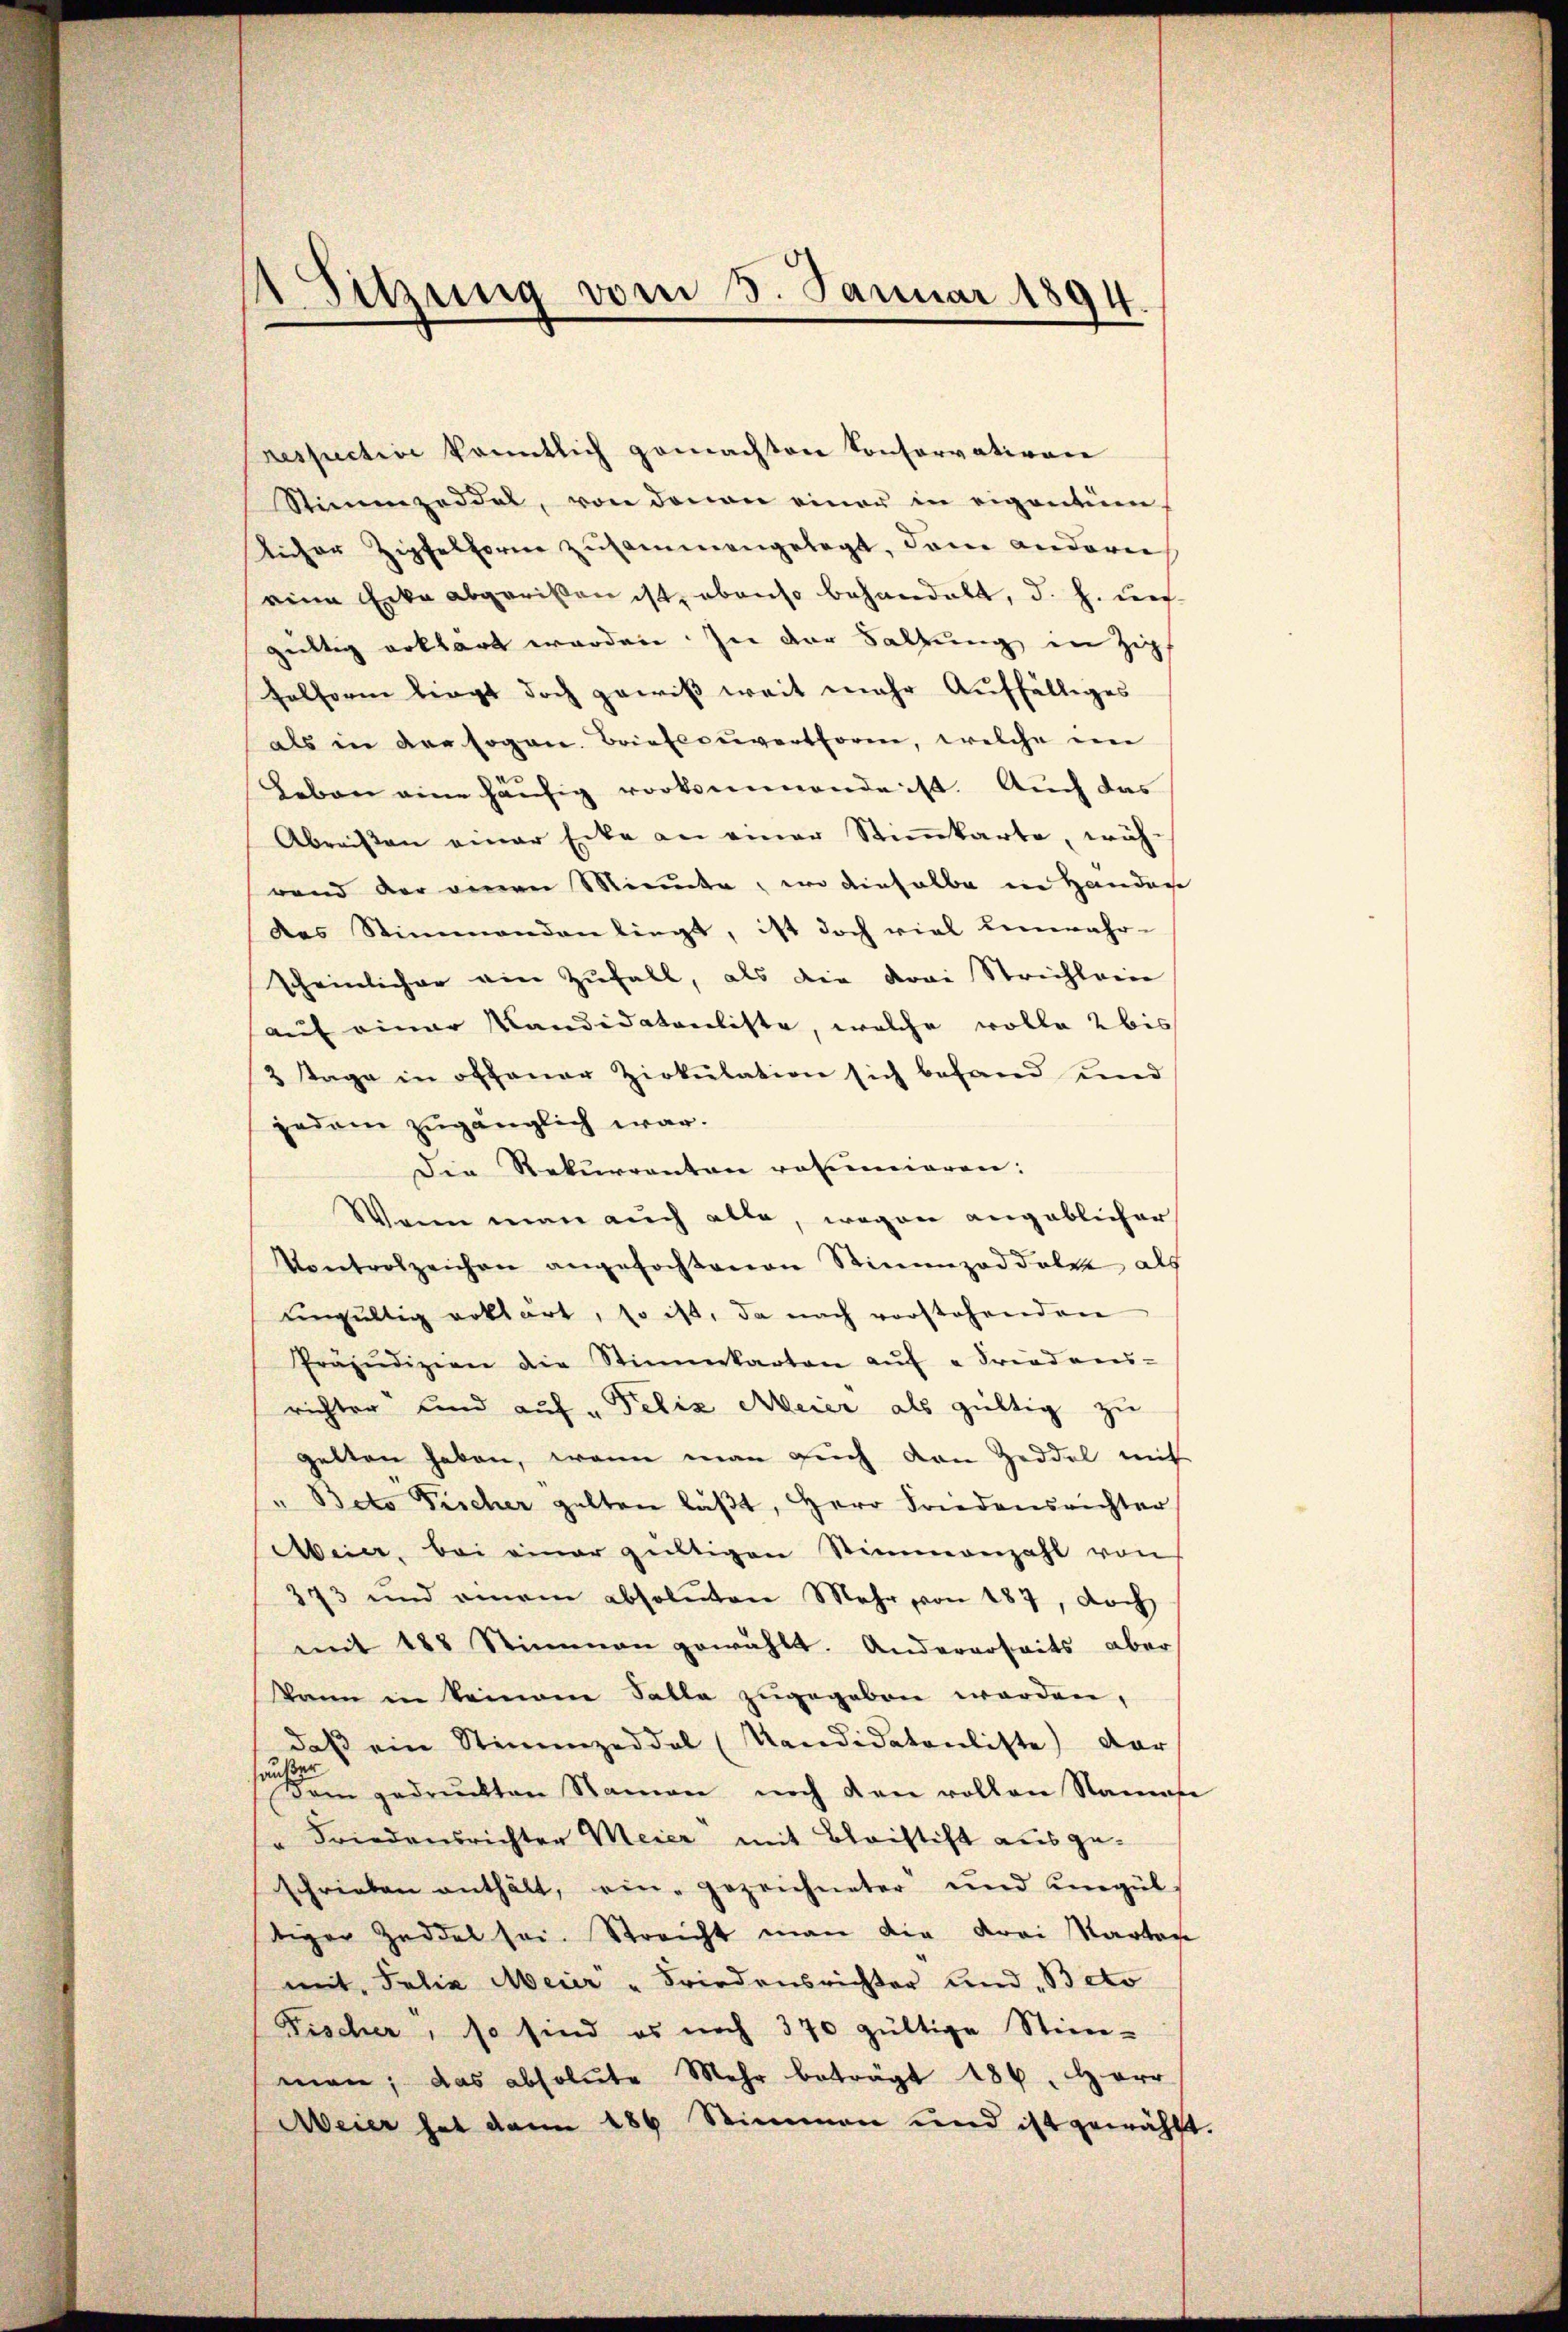
Sitzung vom 3. Januar 1894

respective kanntlich gemachten Conservativen
Stimmzeddel, von denen einer in eigentüm
Anher Zipfelforme zusammengelegt, dem anderer
eine Erke abgerißen ist, ebenso behandelt, d. h. ungültig erklärt worden. In der Saltung in Zig
selform liegt doch gewiß weit mehr Auffälliges
als in der sogen. Briefecuverthoren, welche ein
Leben eine häufig vorkommende ist. Auch das
Abreißen einer Ecke an einer Stimmkarte, wäh-
rand der verner Minute, wo dieselbe in Handen
des Stimmenden liegt, ist doch viel unwahr-
scheinlicher ein Zufall, als die drei Strichlein
auf einer Kandidatenliste, welche wolle 2 bis
3 Tage in offener Zirkulation sich befand und
jedem zugänglich war.
Die Rekurrenten rotumieren:
Wenn man auch alle, wegen angeblicher
Kontrolzeichen angefochtenen Stimmzeddelt als
ungültig erklärt, so ist, da nach vorstehenden
Präjudizien die Stimmkarten aŭf " Friedens-
richter und auf „Felix Meier als gültig zu
gelten haben, wenn man sich von Zeddel mit
"Beto Tischer gelten läßt, Herr Friedensrichter
Meier, bei einer gültigen Stimmenzahl von
373 und einem absoluten Mehr von 187, doch
mit 188 Stimmen gewählt. Andererseits aber
kann in keinem Falle zugegeben werden,
daβ ein Stimmzeddel (Kandidatenliste) dar
außer
Dem gedruckten Namen noch den vollen Namese
" Friedensrichter Meier mit Bleistift ausgeschrieben enthält, ein gezeichneter und ungültiger Zeddel sei. Streicht man die drei Kartof
mit, Felix Meier „Friedensrichter und Beto
Fischer, so sind es noch 370 gültige Stim-
man; das absolute Mehr beträgt 186. Herr
Meier hat dann 186 Stimmen und ist gewählt

.